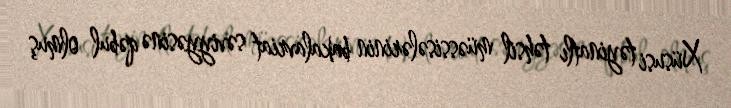
Xüsusi təyinatlı təhsil müəssisələrinin bakalavriat səviyyəsinə qəbul olmuş